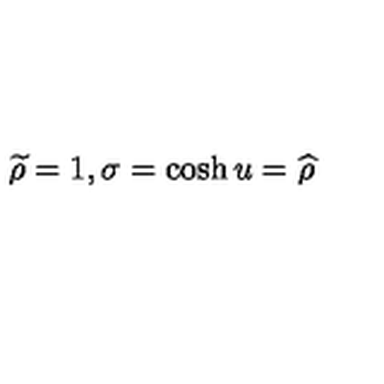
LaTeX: \widetilde { \rho } = 1 , \sigma = \cosh u = \widehat { \rho }